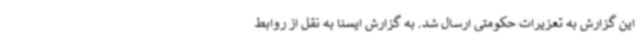
این گزارش به تعزیرات حکومتی ارسال شد. به گزارش ایسنا به نقل از روابط